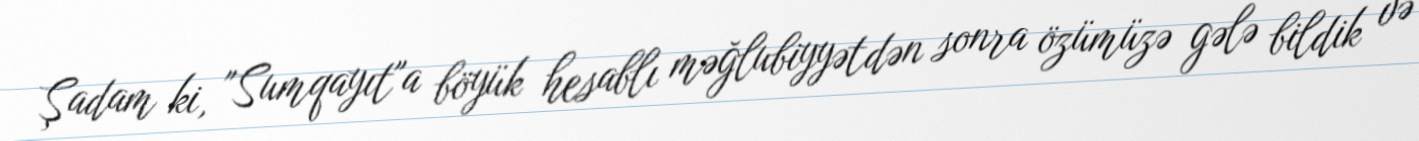
Şadam ki, "Sumqayıt"a böyük hesablı məğlubiyyətdən sonra özümüzə gələ bildik və